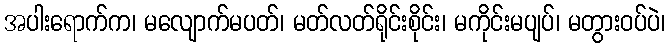
အပါးရောက်က၊ မလျောက်မပတ်၊ မတ်လတ်ရိုင်းစိုင်း၊ မကိုင်းမပျပ်၊ မတွားဝပ်ပဲ၊